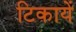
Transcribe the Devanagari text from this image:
टिकायें